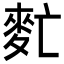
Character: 𪌁